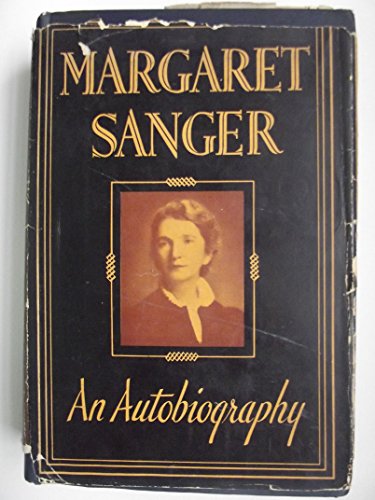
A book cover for Margaret Sanger, An Autobiography; Margaret Sanger; Politics & Social Sciences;